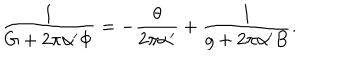
\frac { 1 } { G + 2 \pi { \alpha ^ { \prime } } \Phi } = - \frac { \theta } { 2 \pi { \alpha ^ { \prime } } } + \frac { 1 } { g + 2 \pi { \alpha ^ { \prime } } B } .